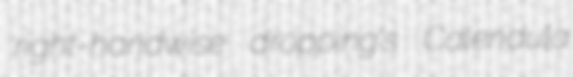
right-handwise dropping's Calendula